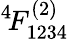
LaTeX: ^{4\! }F_{1234}^{(2)}